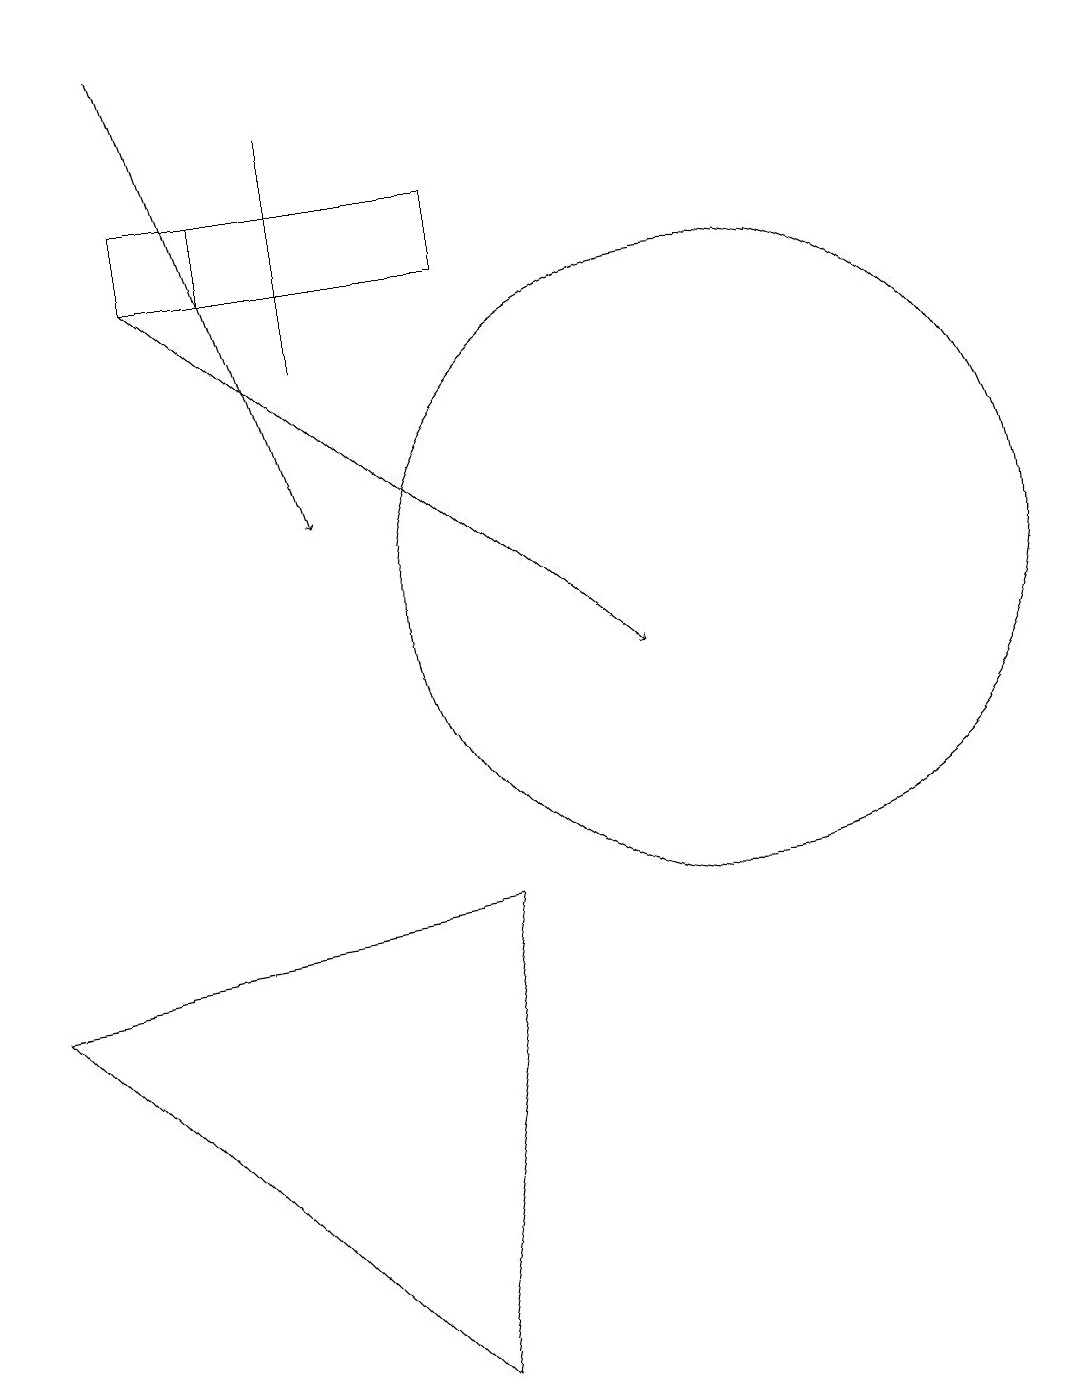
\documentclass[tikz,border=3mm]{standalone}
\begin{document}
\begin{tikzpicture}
\draw (5,17) rectangle (5,14);
\draw (4,15) rectangle (5,16);
\draw (3,15) rectangle (7,16);
\draw[->] (3,18) -- (5,12);
\draw (10,11) circle (4);
\draw[->] (3,15) -- (9,10);
\draw (7,7) -- (1,6) -- (6,1) -- cycle;
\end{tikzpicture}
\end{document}